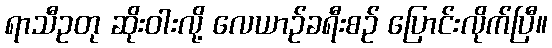
ရာသီဥတု ဆိုးဝါးလို့ လေယာဉ်ခရီးစဉ် ပြောင်းလိုက်ပြီ။